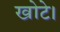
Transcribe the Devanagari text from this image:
खोटे।